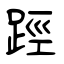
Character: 踁